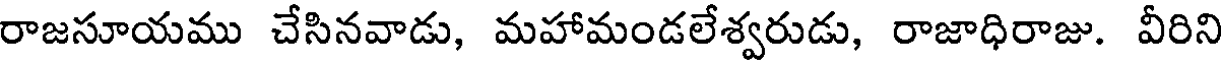
రాజసూయము చేసినవాడు, మహామండలేశ్వరుడు, రాజాధిరాజు. వీరిని